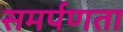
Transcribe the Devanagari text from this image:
समर्पणता